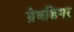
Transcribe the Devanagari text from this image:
ग्रेवडिगर